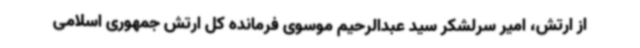
از ارتش، امیر سرلشکر سید عبدالرحیم موسوی فرمانده کل ارتش جمهوری اسلامی